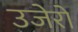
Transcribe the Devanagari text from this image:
उजेरो